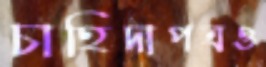
চাহিদাপত্রও